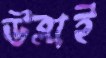
উব্লাই